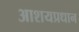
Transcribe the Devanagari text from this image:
आशयप्रधान